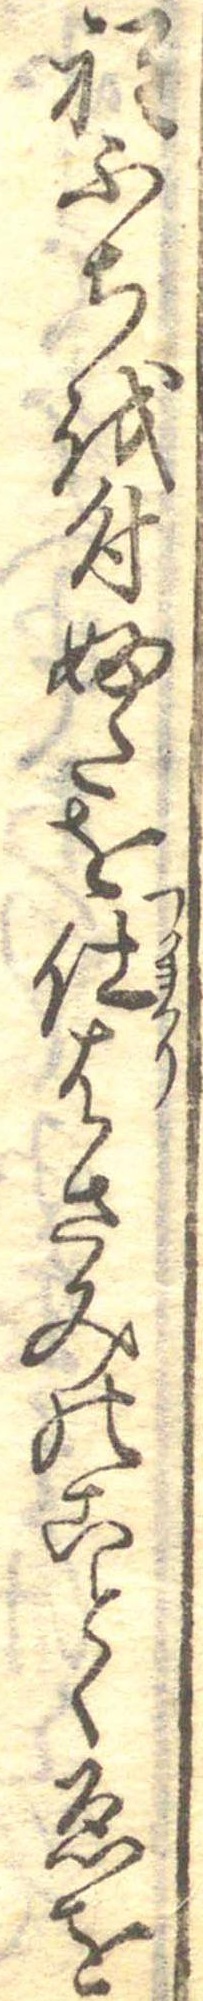
程ふちを付ふたを仕はさみのことくゑを